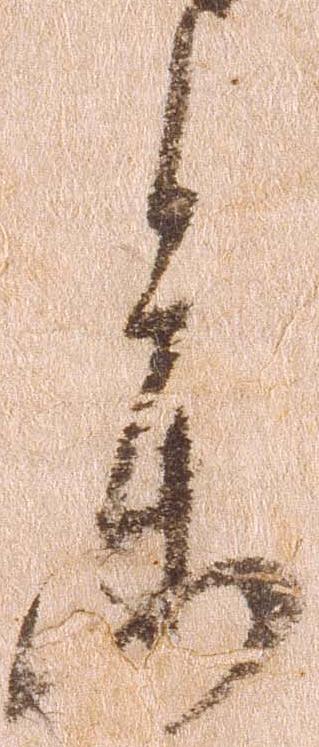
参